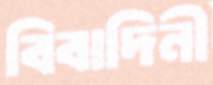
বিবাদিনী